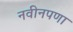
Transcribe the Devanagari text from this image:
नवीनपणा